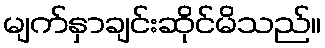
မျက်နှာချင်းဆိုင်မိသည်။